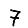
Digit: 7